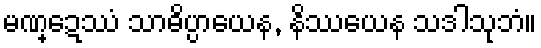
မဏ္ဍေဿံ သာဓိပ္ပာယေန, နိဿယေန သဒါသုဘံ။